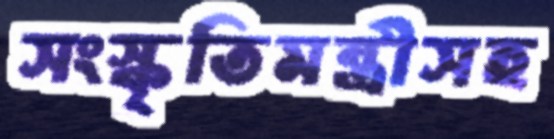
সংস্কৃতিমন্ত্রীসহ